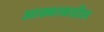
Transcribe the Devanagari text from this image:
आढ्याकडील